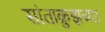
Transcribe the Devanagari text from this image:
सांताक्रुझच्या